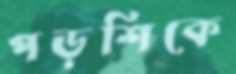
পড়শিকে